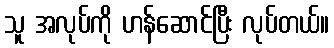
သူ အလုပ်ကို ဟန်ဆောင်ပြီး လုပ်တယ်။